Manual of vaccination for the United Provinces of Agra and Oudh -
Year: 1903
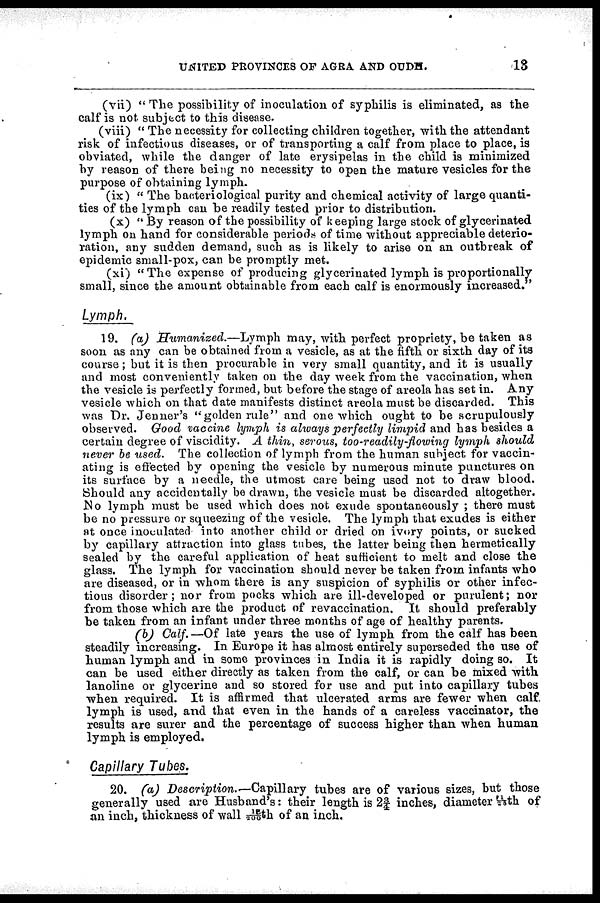
UNITED PROVINCES OF AGRA AND OUDH.
13
(vii) "The possibility of inoculation of syphilis is eliminated, as the
calf is not subject to this disease.
(viii) " The necessity for collecting children together, with the attendant
risk of infectious diseases, or of transporting a calf from place to place, is
obviated, while the danger of late erysipelas in the child is minimized
by reason of there being no necessity to open the mature vesicles for the
purpose of obtaining lymph.
(ix) " The bacteriological purity and chemical activity of large quanti-
ties of the lymph can be readily tested prior to distribution.
(x) " By reason of the possibility of keeping large stock of glycerinated
lymph on hand for considerable periods of time without appreciable deterio-
ration, any sudden demand, such as is likely to arise on an outbreak of
epidemic small-pox, can be promptly met.
(xi) "The expense of producing glycerinated lymph is proportionally
small, since the amount obtainable from each calf is enormously increased."
Lymph.
19. (a) Humanized.—Lymph may, with perfect propriety, be taken as
soon as any can be obtained from a vesicle, as at the fifth or sixth day of its
course ; but it is then procurable in very small quantity, and it is usually
and most conveniently taken on the day week from the vaccination, when
the vesicle is perfectly formed, but before the stage of areola has set in. Any
vesicle which on that date manifests distinct areola must be discarded. This
was Dr. Jenner's "golden rule" and one which ought to be scrupulously
observed. Good vaccine lymph is always perfectly limpid and has besides a
certain degree of viscidity. A thin, serous, too-readily-flowing lymph should
never be used. The collection of lymph from the human subject for vaccin-
ating is effected by opening the vesicle by numerous minute punctures on
its surface by a needle, the utmost care being used not to draw blood.
Should any accidentally be drawn, the vesicle must be discarded altogether.
No lymph must be used which does not exude spontaneously ; there must
be no pressure or squeezing of the vesicle. The lymph that exudes is either
at once inoculated into another child or dried on ivory points, or sucked
by capillary attraction into glass tubes, the latter being then hermetically
sealed by the careful application of heat sufficient to melt and close the
glass. The lymph for vaccination should never be taken from infants who
are diseased, or in whom there is any suspicion of syphilis or other infec-
tious disorder; nor from pocks which are ill-developed or purulent; nor
from those which are the product of revaccination. It should preferably
be taken from an infant under three months of age of healthy parents.
(b) Calf.—Of late years the use of lymph from the calf has been
steadily increasing. In Europe it has almost entirely superseded the use of
human lymph and in some provinces in India it is rapidly doing so. It
can be used either directly as taken from the calf, or can be mixed with
lanoline or glycerine and so stored for use and put into capillary tubes
when required. It is affirmed that ulcerated arms are fewer when calf
lymph is used, and that even in the hands of a careless vaccinator, the
results are surer and the percentage of success higher than when human
lymph is employed.
Capillary Tubes.
20. (a) Description.—Capillary tubes are of various sizes, but those
generally used are Husband's: their length is 2¾ inches, diameter 11/5th of
an inch, thickness of wall 15/700th of an inch.